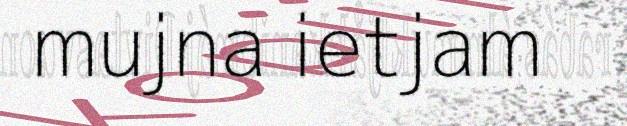
mujna ietjam